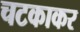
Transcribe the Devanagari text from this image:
चटकाकर